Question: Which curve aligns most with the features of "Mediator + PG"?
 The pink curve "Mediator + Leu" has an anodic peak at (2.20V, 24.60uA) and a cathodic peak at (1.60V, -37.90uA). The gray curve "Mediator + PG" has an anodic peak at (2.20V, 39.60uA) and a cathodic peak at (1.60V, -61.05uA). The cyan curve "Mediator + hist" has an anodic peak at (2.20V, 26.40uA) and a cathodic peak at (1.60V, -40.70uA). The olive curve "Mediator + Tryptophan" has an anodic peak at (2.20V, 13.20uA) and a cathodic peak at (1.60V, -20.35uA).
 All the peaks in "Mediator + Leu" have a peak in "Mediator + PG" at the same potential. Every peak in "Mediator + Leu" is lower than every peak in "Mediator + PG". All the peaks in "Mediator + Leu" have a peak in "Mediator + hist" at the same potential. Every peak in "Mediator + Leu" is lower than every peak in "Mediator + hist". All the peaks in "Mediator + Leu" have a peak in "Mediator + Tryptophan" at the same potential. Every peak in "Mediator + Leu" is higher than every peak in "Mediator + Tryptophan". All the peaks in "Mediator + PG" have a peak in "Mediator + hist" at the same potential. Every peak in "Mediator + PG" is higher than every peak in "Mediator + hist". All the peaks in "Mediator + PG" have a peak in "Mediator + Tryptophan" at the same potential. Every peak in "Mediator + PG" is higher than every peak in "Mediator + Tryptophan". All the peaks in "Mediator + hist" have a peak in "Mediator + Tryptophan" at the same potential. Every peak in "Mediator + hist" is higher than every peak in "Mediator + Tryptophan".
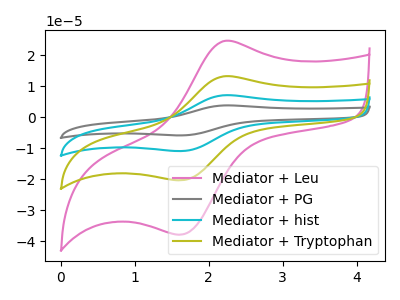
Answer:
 <answer>"Mediator + PG", "Mediator + hist" and "Mediator + Tryptophan" have a similar shape to "Mediator + Leu".</answer>
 <eval>"Mediator + PG" "Mediator + hist" "Mediator + Tryptophan"</eval>